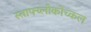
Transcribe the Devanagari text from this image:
स्ताफ्य्लोकोच्कल